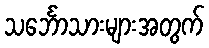
သင်္ဘောသားများအတွက်